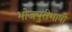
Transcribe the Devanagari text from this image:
भोजपुरीभाषी